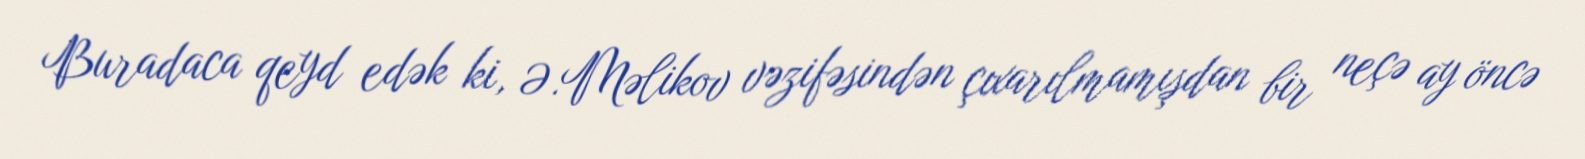
Buradaca qeyd edək ki, Ə.Məlikov vəzifəsindən çıxarılmamışdan bir neçə ay öncə